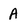
Character: A